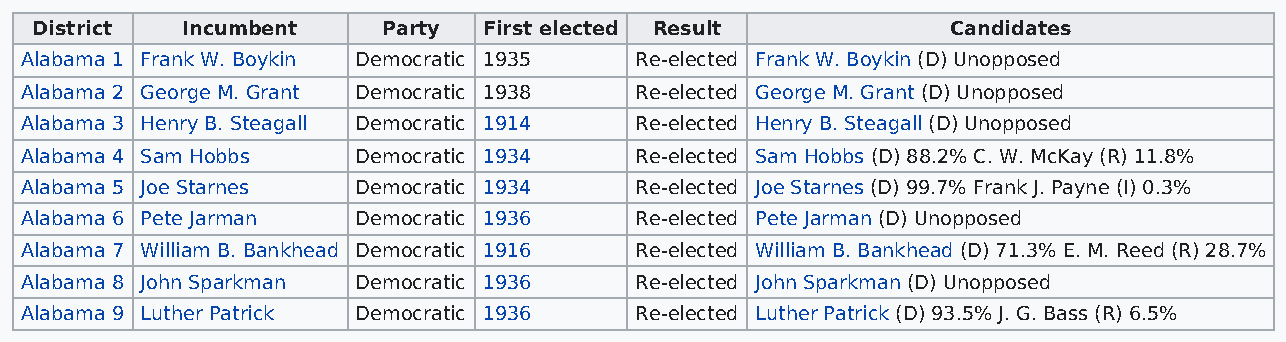
District  Incumbent    Party  First elected Result           Candidates
 Alabama 1 Frank W. Boykin Democratic 1935 Re-elected Frank W. Boykin (D) Unopposed
 Alabama 2 George M. Grant Democratic 1938 Re-elected George M. Grant (D) Unopposed
 Alabama 3 Henry B. Steagall Democratic 1914 Re-elected Henry B. Steagall (D) Unopposed
 Alabama 4 Sam Hobbs    Democratic 1934   Re-elected Sam Hobbs (D) 88.2% C. W. McKay (R) 11.8%
 Alabama 5 Joe Starnes  Democratic 1934   Re-elected Joe Starnes (D) 99.7% Frank J. Payne (I) 0.3%
 Alabama 6 Pete Jarman  Democratic 1936   Re-elected Pete Jarman (D) Unopposed
 Alabama 7 William B. Bankhead Democratic 1916 Re-elected William B. Bankhead (D) 71.3% E. M. Reed (R) 28.7%
 Alabama 8 John Sparkman Democratic 1936  Re-elected John Sparkman (D) Unopposed
 Alabama 9 Luther Patrick Democratic 1936 Re-elected Luther Patrick (D) 93.5% J. G. Bass (R) 6.5%